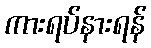
ကားရပ်နားရန်